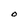
Character: O